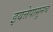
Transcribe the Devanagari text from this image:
इयत्तेपासूनच